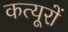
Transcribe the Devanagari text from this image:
कत्यूरों